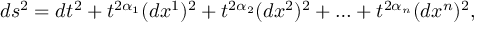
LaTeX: d s ^ { 2 } = d t ^ { 2 } + t ^ { 2 \alpha _ { 1 } } ( d x ^ { 1 } ) ^ { 2 } + t ^ { 2 \alpha _ { 2 } } ( d x ^ { 2 } ) ^ { 2 } + \ldots + t ^ { 2 \alpha _ { n } } ( d x ^ { n } ) ^ { 2 } ,